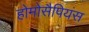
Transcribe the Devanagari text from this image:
होमोसैपियंस